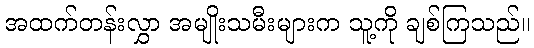
အထက်တန်းလွှာ အမျိုးသမီးများက သူ့ကို ချစ်ကြသည်။